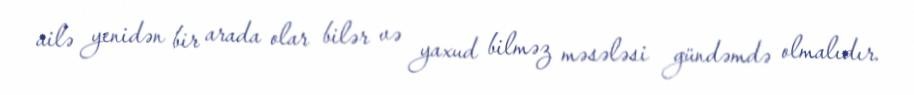
ailə yenidən bir arada olar bilər və yaxud bilməz məsələsi gündəmdə olmalıdır.